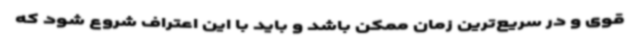
قوی و در سریع‌ترین زمان ممکن باشد و باید با این اعتراف شروع شود که